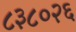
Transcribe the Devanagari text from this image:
८३८०२६